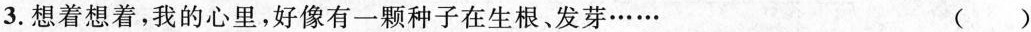
3.想着想着，我的心里，好像有一颗种子在生根、发芽…… ()